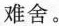
难舍。